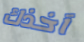
آخذك